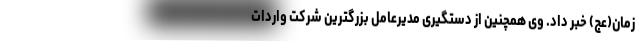
زمان(عج) خبر داد. وی همچنین از دستگیری مدیرعامل بزرگترین شرکت واردات